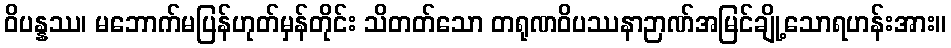
ဝိပန္နဿ၊ မဘောက်မပြန်ဟုတ်မှန်တိုင်း သိတတ်သော တရုဏဝိပဿနာဉာဏ်အမြင်ချို့သောရဟန်းအား။